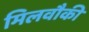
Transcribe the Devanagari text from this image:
मिलवौकी